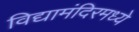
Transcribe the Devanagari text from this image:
विद्यामंदिरमध्ये